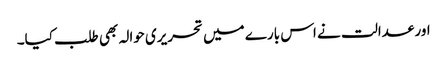
اور عدالت نے اس بارے میں تحریری حوالہ بھی طلب کیا۔